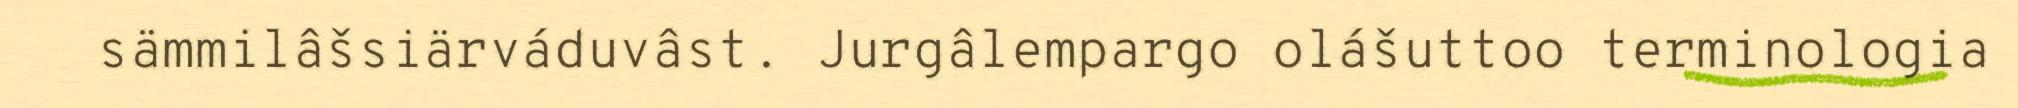
sämmilâšsiärváduvâst. Jurgâlempargo olášuttoo terminologia